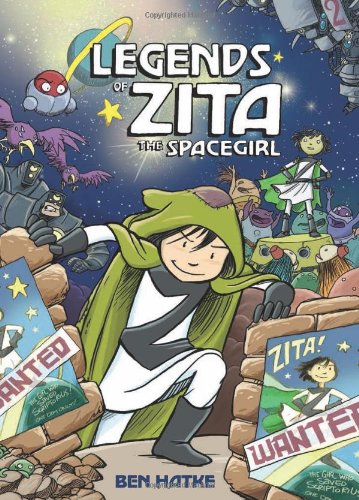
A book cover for Legends of Zita the Spacegirl (Zita the Spacegirl Series); Ben Hatke; Comics & Graphic Novels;